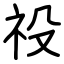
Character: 祋